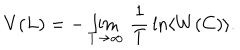
V ( L ) = - \lim _ { T \rightarrow \infty } \, \frac { 1 } { T } \, \ln \left\langle W ( C ) \right\rangle .